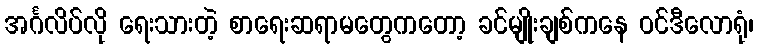
အင်္ဂလိပ်လို ရေးသားတဲ့ စာရေးဆရာမတွေကတော့ ခင်မျိုးချစ်ကနေ ဝင်ဒီလောရုံ၊